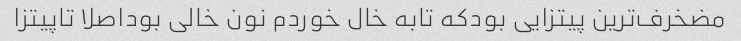
مضخرف‌ترین پیتزایی بودکه تابه خال خوردم نون خالی بوداصلا تاپیتزا